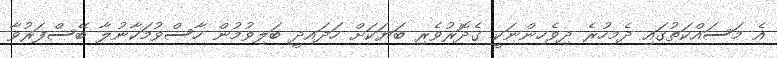
އެ މަސައްކަތުގައި ދެމިހުރެ ދިވެހިންނަކީ ގެދޮރުވެރި ބަޔަކަށް ހަދައިދީ ބަލިވުމުން ހާސްވުމަކާނުލާ ބޭސްފަރުވާ